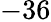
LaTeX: -36